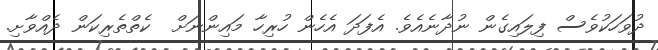
ދުވަހަކުވެސް ފިލައިގެން ނުދާނެއެވެ. އެފަދަ އެހެން ހުރިހާ މައިންނަށް  ކެތްތެރިކަން ދެއްވާށި.